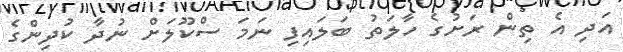
އަދި އެ ތިން ރަށުގެ ހާލަތު ބަލައިފި ނަމަ ސްކޫލަށް ނުދާ ކުދިންގެ